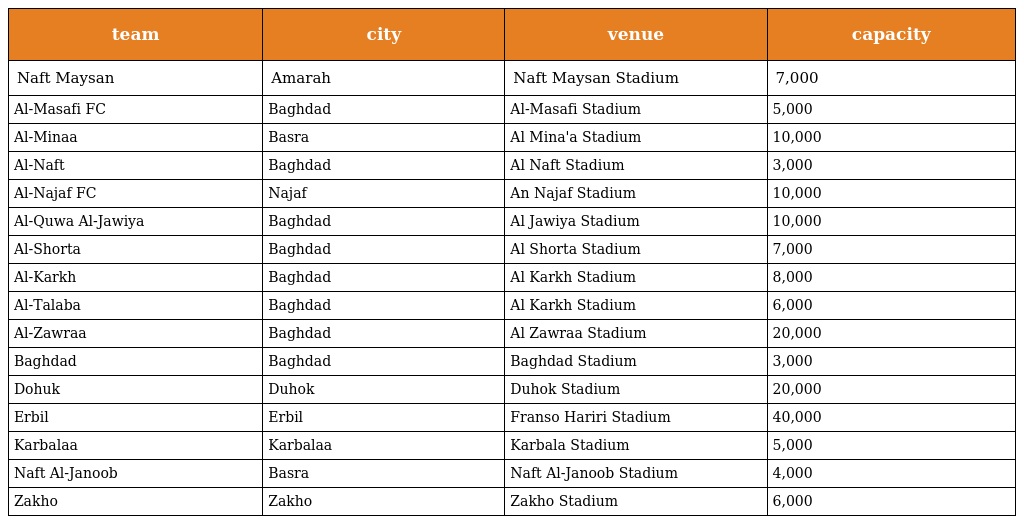
| team | city | venue | capacity |
 | --- | --- | --- | --- |
 | Naft Maysan | Amarah | Naft Maysan Stadium | 7,000 |
 | Al-Masafi FC | Baghdad | Al-Masafi Stadium | 5,000 |
 | Al-Minaa | Basra | Al Mina'a Stadium | 10,000 |
 | Al-Naft | Baghdad | Al Naft Stadium | 3,000 |
 | Al-Najaf FC | Najaf | An Najaf Stadium | 10,000 |
 | Al-Quwa Al-Jawiya | Baghdad | Al Jawiya Stadium | 10,000 |
 | Al-Shorta | Baghdad | Al Shorta Stadium | 7,000 |
 | Al-Karkh | Baghdad | Al Karkh Stadium | 8,000 |
 | Al-Talaba | Baghdad | Al Karkh Stadium | 6,000 |
 | Al-Zawraa | Baghdad | Al Zawraa Stadium | 20,000 |
 | Baghdad | Baghdad | Baghdad Stadium | 3,000 |
 | Dohuk | Duhok | Duhok Stadium | 20,000 |
 | Erbil | Erbil | Franso Hariri Stadium | 40,000 |
 | Karbalaa | Karbalaa | Karbala Stadium | 5,000 |
 | Naft Al-Janoob | Basra | Naft Al-Janoob Stadium | 4,000 |
 | Zakho | Zakho | Zakho Stadium | 6,000 |